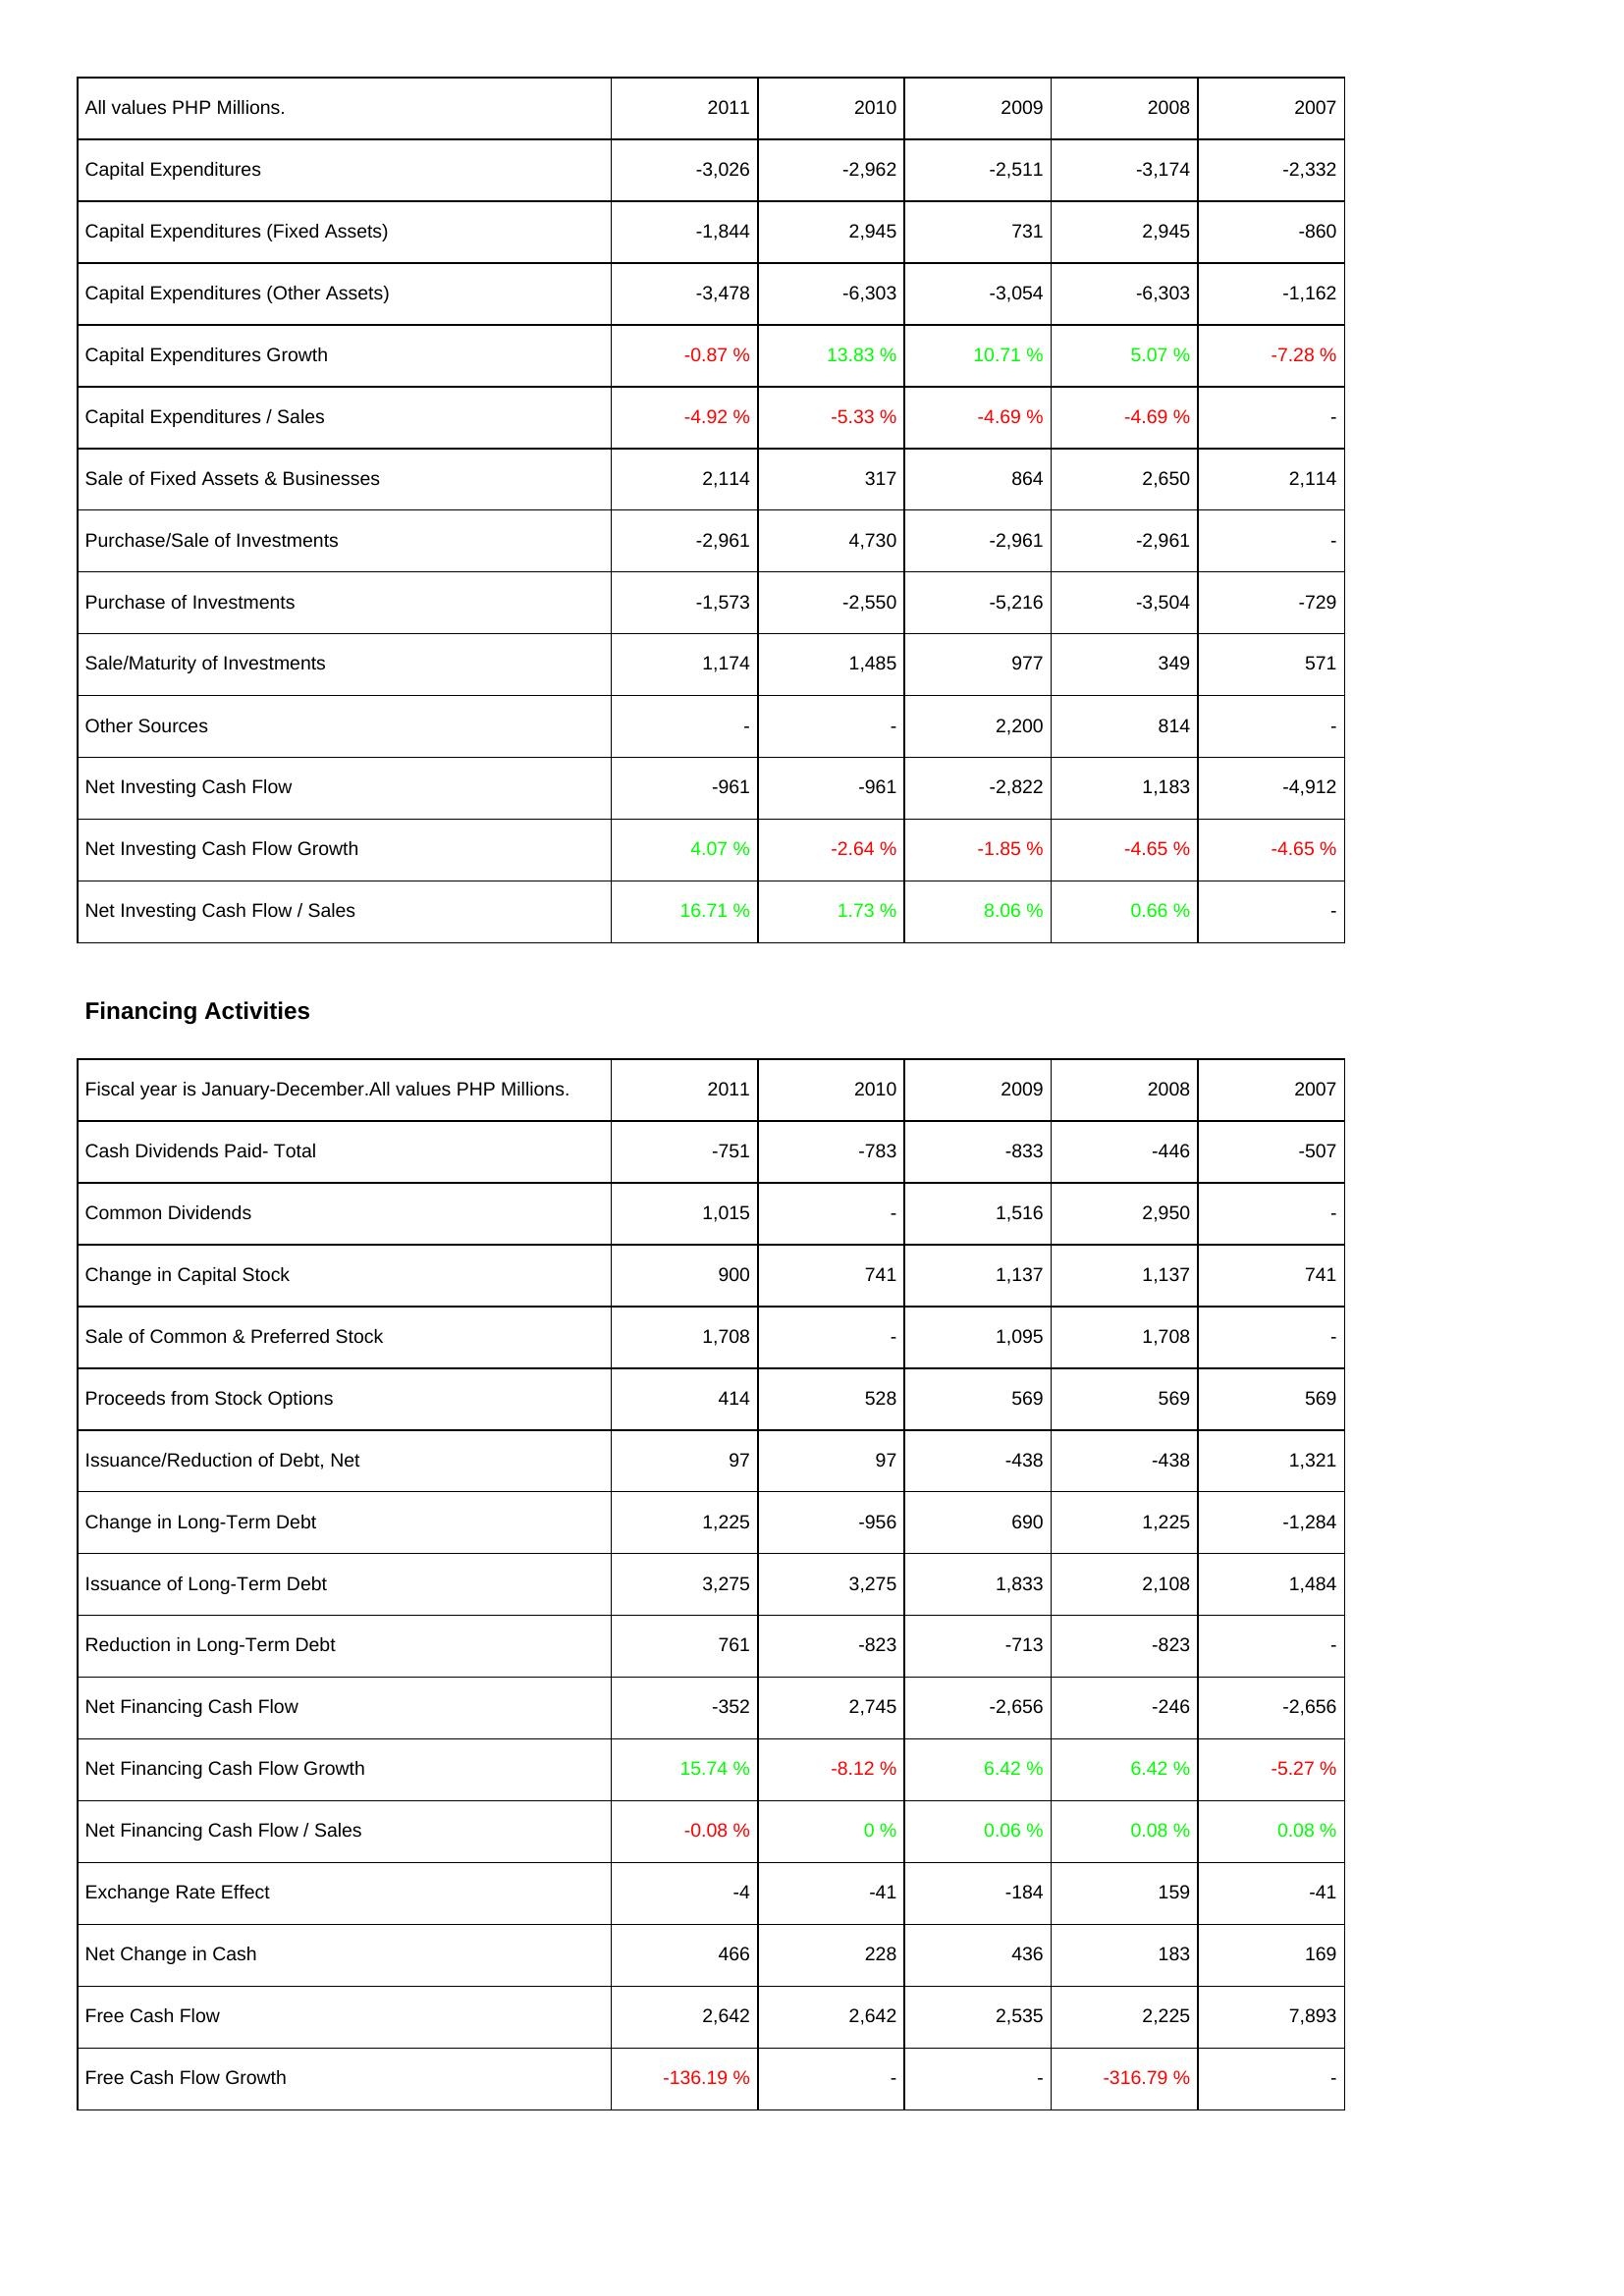
2011: Investing Activities: Capital Expenditures: -3,026
Capital Expenditures (Fixed Assets): -1,844
Capital Expenditures (Other Assets): -3,478
Capital Expenditures Growth: -0.87 %
Capital Expenditures / Sales: -4.92 %
Sale of Fixed Assets & Businesses: 2,114
Purchase/Sale of Investments: -2,961
Purchase of Investments: -1,573
Sale/Maturity of Investments: 1,174
Other Sources: -
Net Investing Cash Flow: -961
Net Investing Cash Flow Growth: 4.07 %
Net Investing Cash Flow / Sales: 16.71 %
Financing Activities: Cash Dividends Paid- Total: -751
Common Dividends: 1,015
Change in Capital Stock: 900
Sale of Common & Preferred Stock: 1,708
Proceeds from Stock Options: 414
Issuance/Reduction of Debt, Net: 97
Change in Long-Term Debt: 1,225
Issuance of Long-Term Debt: 3,275
Reduction in Long-Term Debt: 761
Net Financing Cash Flow: -352
Net Financing Cash Flow Growth: 15.74 %
Net Financing Cash Flow / Sales: -0.08 %
Exchange Rate Effect: -4
Net Change in Cash: 466
Free Cash Flow: 2,642
Free Cash Flow Growth: -136.19 %
2010: Investing Activities: Capital Expenditures: -2,962
Capital Expenditures (Fixed Assets): 2,945
Capital Expenditures (Other Assets): -6,303
Capital Expenditures Growth: 13.83 %
Capital Expenditures / Sales: -5.33 %
Sale of Fixed Assets & Businesses: 317
Purchase/Sale of Investments: 4,730
Purchase of Investments: -2,550
Sale/Maturity of Investments: 1,485
Other Sources: -
Net Investing Cash Flow: -961
Net Investing Cash Flow Growth: -2.64 %
Net Investing Cash Flow / Sales: 1.73 %
Financing Activities: Cash Dividends Paid- Total: -783
Common Dividends: -
Change in Capital Stock: 741
Sale of Common & Preferred Stock: -
Proceeds from Stock Options: 528
Issuance/Reduction of Debt, Net: 97
Change in Long-Term Debt: -956
Issuance of Long-Term Debt: 3,275
Reduction in Long-Term Debt: -823
Net Financing Cash Flow: 2,745
Net Financing Cash Flow Growth: -8.12 %
Net Financing Cash Flow / Sales: 0 %
Exchange Rate Effect: -41
Net Change in Cash: 228
Free Cash Flow: 2,642
Free Cash Flow Growth: -
2009: Investing Activities: Capital Expenditures: -2,511
Capital Expenditures (Fixed Assets): 731
Capital Expenditures (Other Assets): -3,054
Capital Expenditures Growth: 10.71 %
Capital Expenditures / Sales: -4.69 %
Sale of Fixed Assets & Businesses: 864
Purchase/Sale of Investments: -2,961
Purchase of Investments: -5,216
Sale/Maturity of Investments: 977
Other Sources: 2,200
Net Investing Cash Flow: -2,822
Net Investing Cash Flow Growth: -1.85 %
Net Investing Cash Flow / Sales: 8.06 %
Financing Activities: Cash Dividends Paid- Total: -833
Common Dividends: 1,516
Change in Capital Stock: 1,137
Sale of Common & Preferred Stock: 1,095
Proceeds from Stock Options: 569
Issuance/Reduction of Debt, Net: -438
Change in Long-Term Debt: 690
Issuance of Long-Term Debt: 1,833
Reduction in Long-Term Debt: -713
Net Financing Cash Flow: -2,656
Net Financing Cash Flow Growth: 6.42 %
Net Financing Cash Flow / Sales: 0.06 %
Exchange Rate Effect: -184
Net Change in Cash: 436
Free Cash Flow: 2,535
Free Cash Flow Growth: -
2008: Investing Activities: Capital Expenditures: -3,174
Capital Expenditures (Fixed Assets): 2,945
Capital Expenditures (Other Assets): -6,303
Capital Expenditures Growth: 5.07 %
Capital Expenditures / Sales: -4.69 %
Sale of Fixed Assets & Businesses: 2,650
Purchase/Sale of Investments: -2,961
Purchase of Investments: -3,504
Sale/Maturity of Investments: 349
Other Sources: 814
Net Investing Cash Flow: 1,183
Net Investing Cash Flow Growth: -4.65 %
Net Investing Cash Flow / Sales: 0.66 %
Financing Activities: Cash Dividends Paid- Total: -446
Common Dividends: 2,950
Change in Capital Stock: 1,137
Sale of Common & Preferred Stock: 1,708
Proceeds from Stock Options: 569
Issuance/Reduction of Debt, Net: -438
Change in Long-Term Debt: 1,225
Issuance of Long-Term Debt: 2,108
Reduction in Long-Term Debt: -823
Net Financing Cash Flow: -246
Net Financing Cash Flow Growth: 6.42 %
Net Financing Cash Flow / Sales: 0.08 %
Exchange Rate Effect: 159
Net Change in Cash: 183
Free Cash Flow: 2,225
Free Cash Flow Growth: -316.79 %
2007: Investing Activities: Capital Expenditures: -2,332
Capital Expenditures (Fixed Assets): -860
Capital Expenditures (Other Assets): -1,162
Capital Expenditures Growth: -7.28 %
Capital Expenditures / Sales: -
Sale of Fixed Assets & Businesses: 2,114
Purchase/Sale of Investments: -
Purchase of Investments: -729
Sale/Maturity of Investments: 571
Other Sources: -
Net Investing Cash Flow: -4,912
Net Investing Cash Flow Growth: -4.65 %
Net Investing Cash Flow / Sales: -
Financing Activities: Cash Dividends Paid- Total: -507
Common Dividends: -
Change in Capital Stock: 741
Sale of Common & Preferred Stock: -
Proceeds from Stock Options: 569
Issuance/Reduction of Debt, Net: 1,321
Change in Long-Term Debt: -1,284
Issuance of Long-Term Debt: 1,484
Reduction in Long-Term Debt: -
Net Financing Cash Flow: -2,656
Net Financing Cash Flow Growth: -5.27 %
Net Financing Cash Flow / Sales: 0.08 %
Exchange Rate Effect: -41
Net Change in Cash: 169
Free Cash Flow: 7,893
Free Cash Flow Growth: -